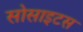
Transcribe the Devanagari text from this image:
सोसाइटस